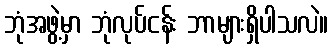
ဘုံအဖွဲ့မှာ ဘုံလုပ်ငန်း ဘာများရှိပါသလဲ။